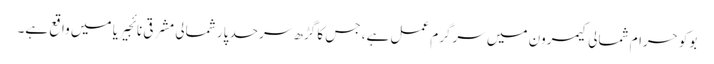
بوکو حرام شمالی کیمرون میں سرگرمِ عمل ہے، جس کا گڑھ سرحد پار شمالی مشرقی نائجیریا میں واقع ہے۔